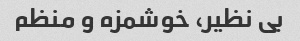
بی نظیر، خوشمزه و منظم